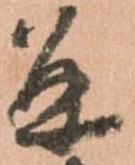
并